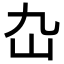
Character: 𡴴